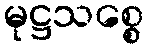
မုဋ္ဌသစ္စေ